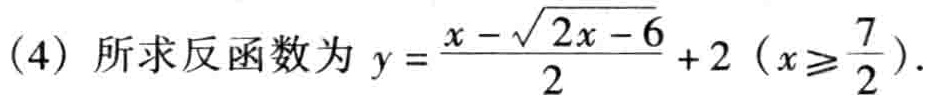
(4) 所求反函数为 \(y = \frac{x - \sqrt{2x - 6}}{2}+2\ (x\geqslant\frac{7}{2})\).